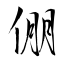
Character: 倗